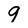
Character: 9